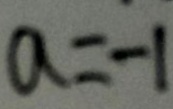
a = - 1